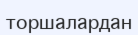
торшалардан